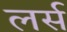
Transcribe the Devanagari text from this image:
लर्स